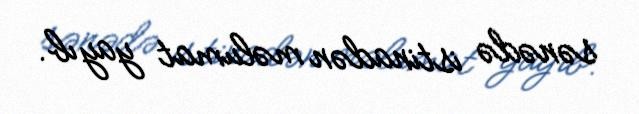
sənədə istinadən məlumat yayıb.